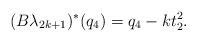
LaTeX: \begin{align*}(B\lambda_{2k+1})^\ast(q_4)=q_4-kt_2^2.\end{align*}